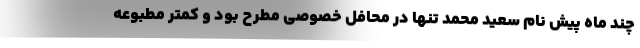
چند ماه پیش نام سعید محمد تنها در محافل خصوصی مطرح بود و کمتر مطبوعه